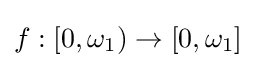
f:\left[0,\omega _{1}\right)\to \left[0,\omega _{1}\right]